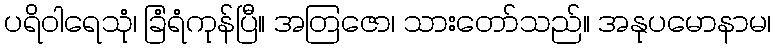
ပရိဝါရေသုံ၊ ခြံရံကုန်ပြီ။ အတြဇော၊ သားတော်သည်။ အနုပမောနာမ၊